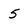
Character: 5